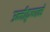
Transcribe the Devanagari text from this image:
उन्नीकृष्णन्चे